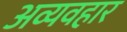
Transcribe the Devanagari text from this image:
अव्यवहार